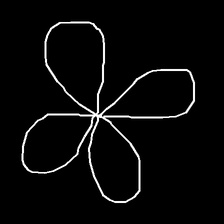
Glyph: billowing